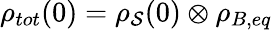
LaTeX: \rho_{tot}(0)=\rho_{\mathcal{S}}(0)\otimes\rho_{B,eq}